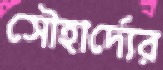
সৌহার্দ্যের